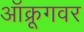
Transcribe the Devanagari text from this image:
ऑक्रूगवर